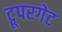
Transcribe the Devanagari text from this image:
ट्रूपरगेट